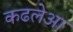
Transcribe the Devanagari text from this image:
कढलेआ